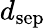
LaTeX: d_{\mathrm{{sep}}}